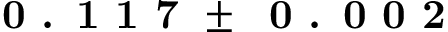
\textbf { 0 . 1 1 7 } \pm \: \textbf { 0 . 0 0 2 }